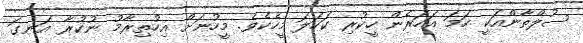
ސުލްތާންއަކީ ހަމަ އަހަރެން ހީކުރި ކަހަލަ މީހެކެވެ. މީހުނަށް އިހުތިރާމު ނުކުރާ އަނގަ